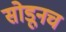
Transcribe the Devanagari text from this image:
सोडूनच